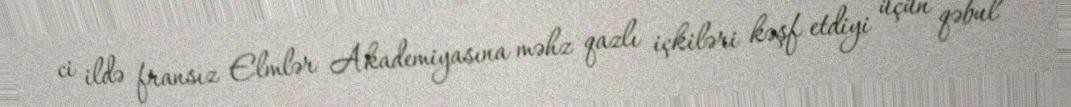
ci ildə fransız Elmlər Akademiyasına məhz qazlı içkiləri kəşf etdiyi üçün qəbul